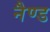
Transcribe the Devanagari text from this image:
नैण्ड